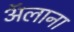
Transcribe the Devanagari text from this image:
ॲलाना